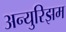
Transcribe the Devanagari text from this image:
अन्युरिझम